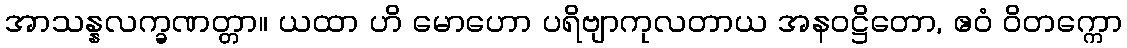
အာသန္နလက္ခဏတ္တာ။ ယထာ ဟိ မောဟော ပရိဗျာကုလတာယ အနဝဋ္ဌိတော, ဧဝံ ဝိတက္ကော